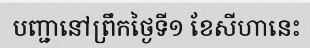
បញ្ជានៅព្រឹកថ្ងៃទី១ ខែសីហានេះ